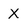
Character: X